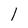
Character: 1